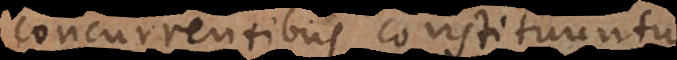
concurrentibus constituuntur.